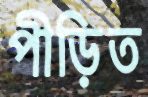
পীড়িত